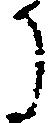
に